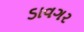
ડાવગર